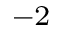
^ { - 2 }